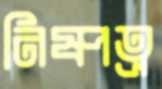
নিষ্পত্র